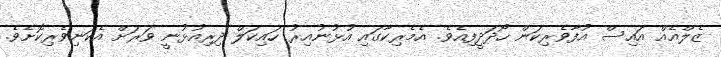
ޒެލްއެއް އައިސް އުފާވެރިކަން ހޯދަދީފިއެވެ. އެމެރިކާގައި އުޅުނުއިރު ހައިކަލް ދިރިއުޅުނީ ވަރަށް އެކަނިވެރިކޮށެވެ.